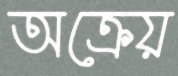
অক্রেয়